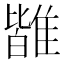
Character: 𩀊